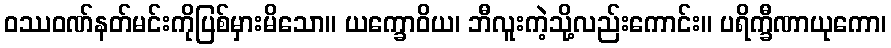
ဝဿဝဏ်နတ်မင်းကိုပြစ်မှားမိသော။ ယက္ခောဝိယ၊ ဘီလူးကဲ့သို့လည်းကောင်း။ ပရိက္ခီဏာယုကော၊